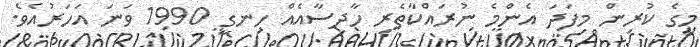
މީގެ ކުރިން މިފަދަ އެންމެ ނުރައްކާތެރި ހާދިސާއެއް ހިނގީ 1990 ވަނަ އަހަރުއެވެ.